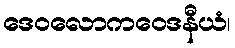
ဒေဝလောကဝေဒနီယံ၊